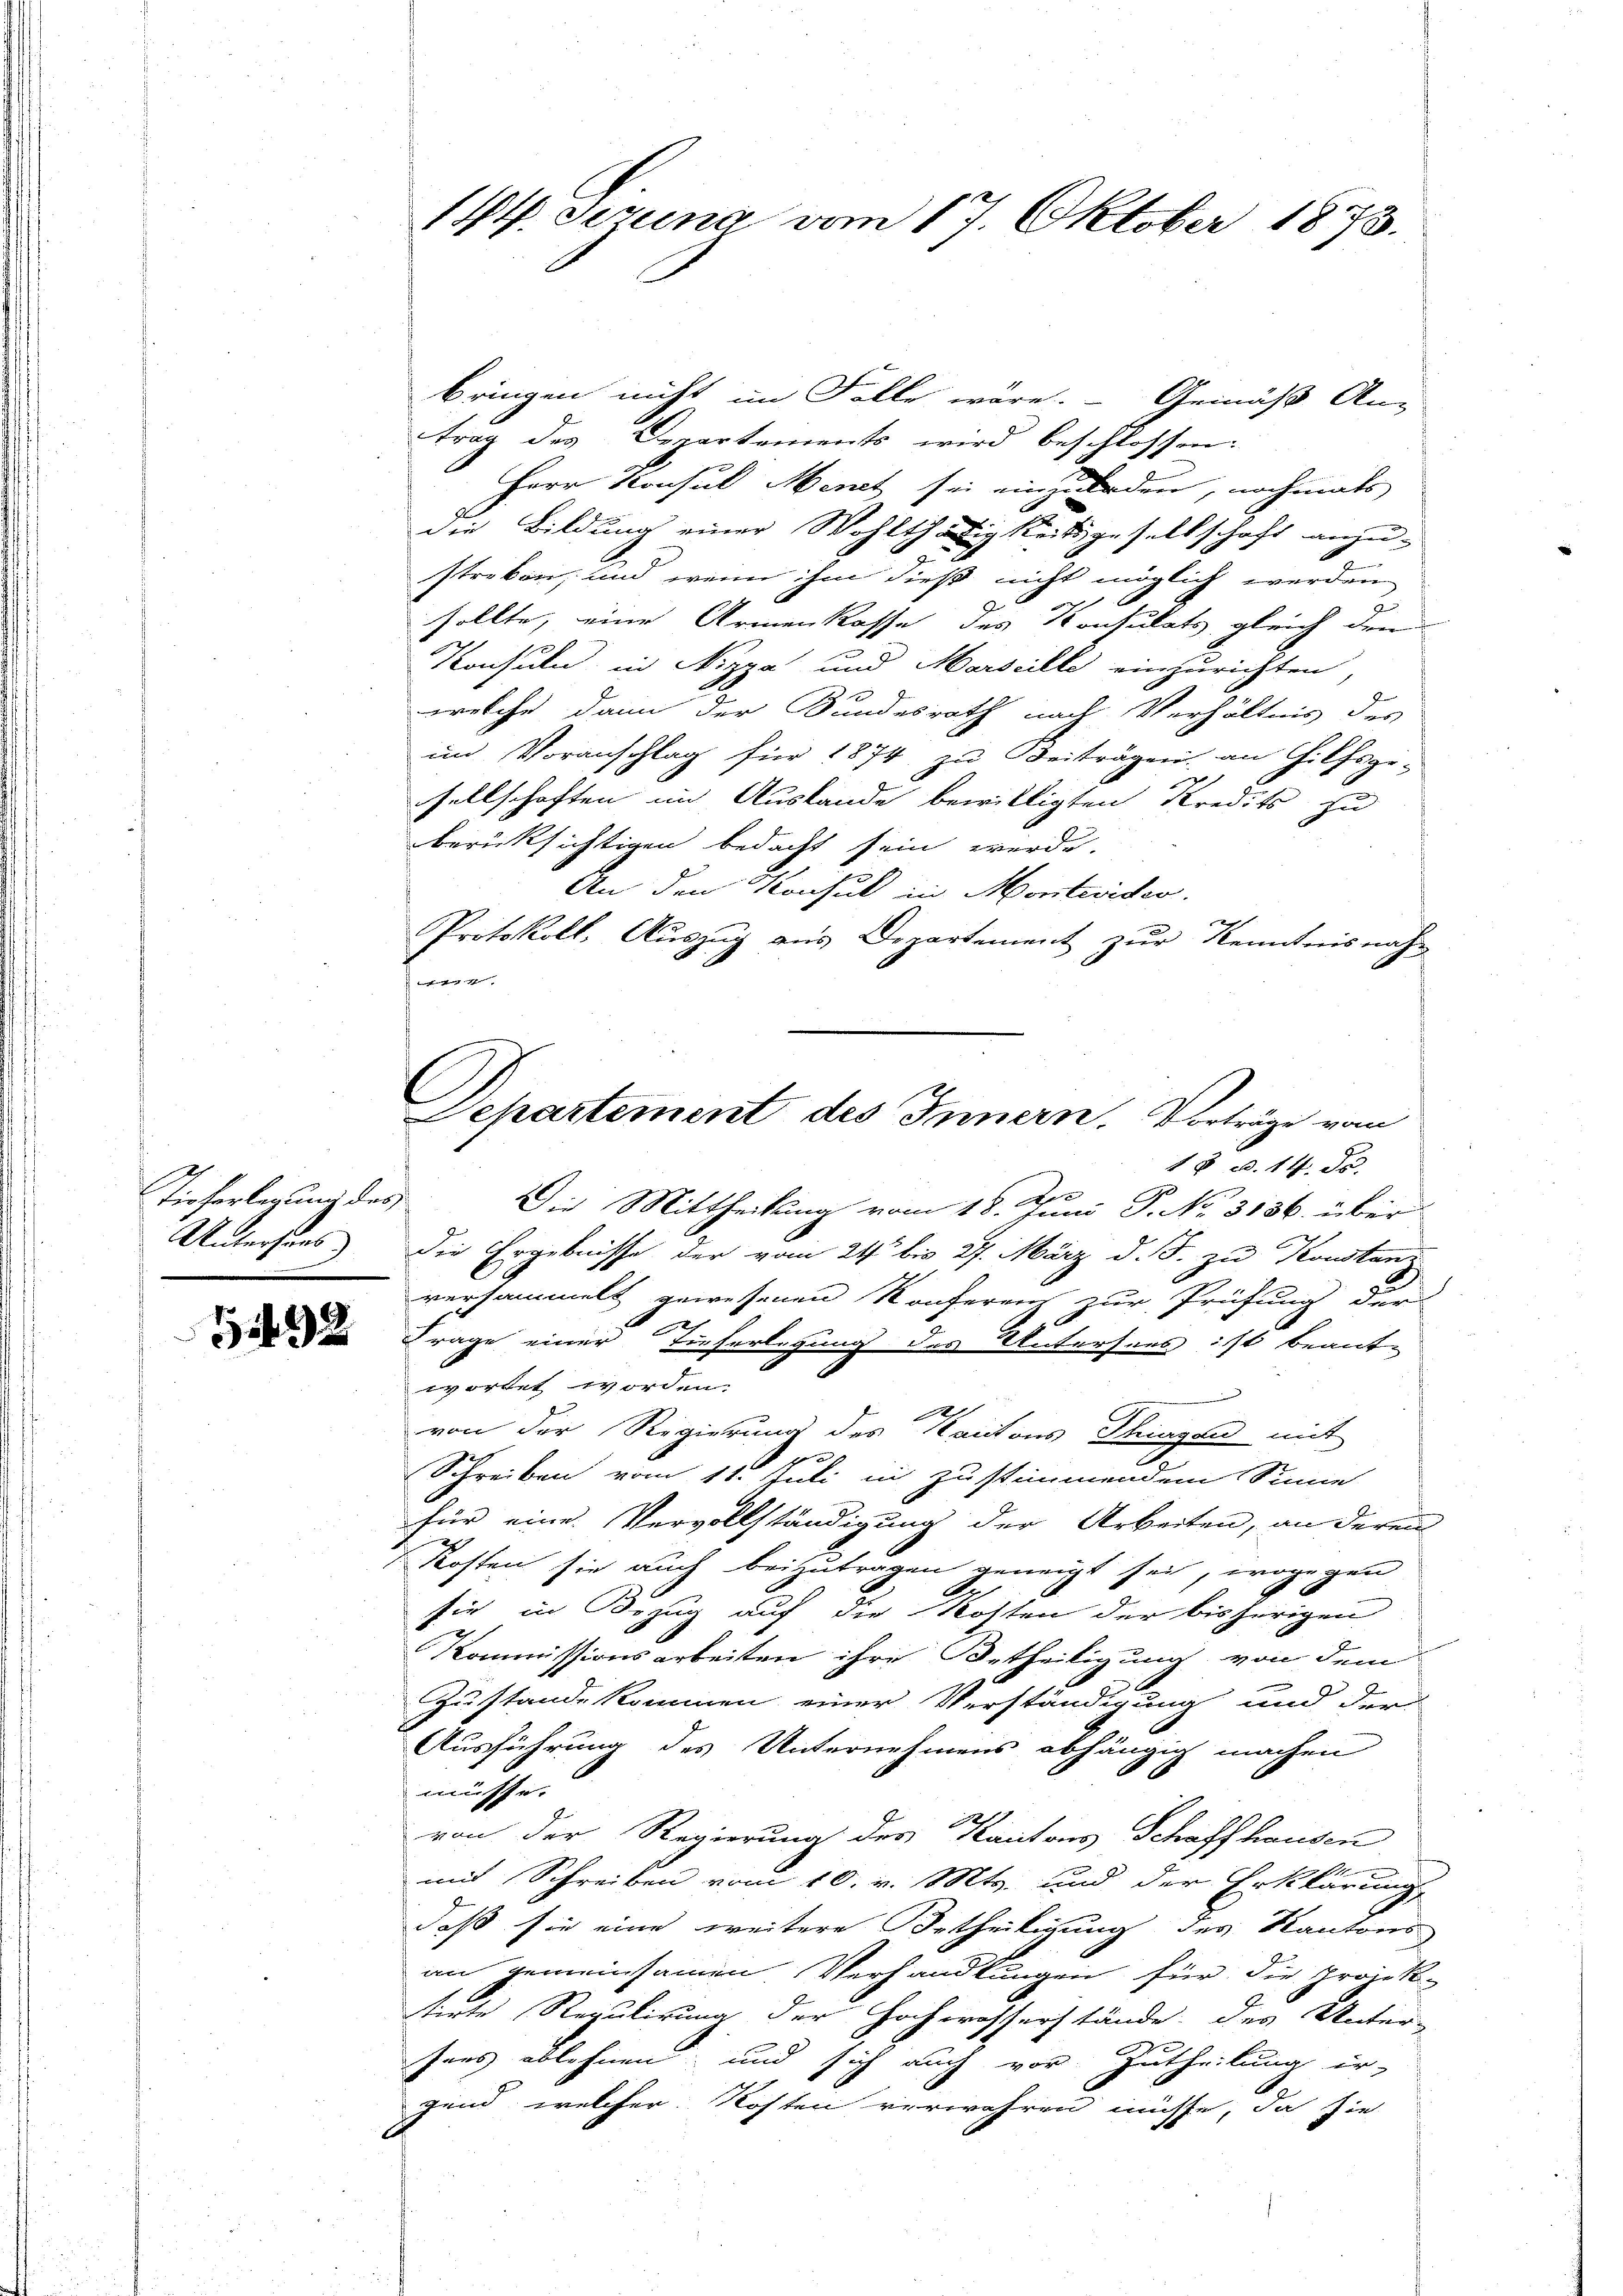
Tieferlegung des
Untersuns

11432

1t. Jerung vom 17. Oktober 1873.

Separtement des Innern. Vorträge vom
18. d. 14. d.
0
Die Mittheilung vom 18. Juni J. No. 3136. über

bringen nicht im Falle wäre. Gemäß An-
trag des Departements wird beschlossen:
Herr Konsul Menet sei einzuforden, nochmals
die Bildung einer Wohlthätigkeitsgesellschaft anzustreken, und wenn ihm dieß nicht möglich werden
sollte, eine Armenkasse des Konsulats gleich der
Konsuln in Nizza und Marseille einzurichten,
welche dann der Sandesrath nach Verhältnis des
im Voranschlag für 1874 zu Beiträgen, an Hilfsge-
sellschaften im Auslande bewilligten Kredits zu
berücksichtigen bedacht sein werde.
An den Konsul in Monteviden.
Protokoll, Aŭszŭg aŭs Departement zŭr Kenntnisnahm
h
die Ergebnisse der vom 24t bis 27. März d. J. zu Konstanz
versammelt gewesenen Konferenz zur Prüfung der
Frage einer Tieferlegung des Untersees ist beant-
wortet worden.
von der Regierung des Kantons Thurgau mit
Schreiben vom 11. Juli in zustimmendem Sinne
für eine Vervollständigung der Arbeiten, an deren
Kosten sie auch beizutragen geneigt sei, wogegen
sie in Bezug auf die Kosten der bisherigen
Kommissionsarbeiten ihre Urtheiligung von dem
Zustande kommen einer Verständigung und der
Ausführung des Unternehmens abhängig machen
müsse.
von der Regierung des Kantons Schaffhausen
und Schreiben vom 10. v. Mts. und der Erklärung
daß sie eine weitere Ortheiligung des Kantons
an gemeinsamen Verhandlungen für die projek-
stirte Regulirung der Hochwasserstände des Unter¬
Ines ablehnen, und sich auch vor Zutheilung ir¬
A.
gend, welcher Kosten verwahren müsse, da sie

E